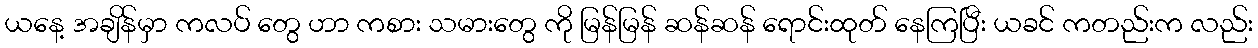
ယနေ့ အချိန်မှာ ကလပ် တွေ ဟာ ကစား သမားတွေ ကို မြန်မြန် ဆန်ဆန် ရောင်းထုတ် နေကြပြီး ယခင် ကတည်းက လည်း